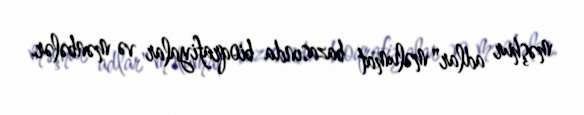
məşhur adlar" məlumat bazasında bioqrafiyalar və mənbələr.